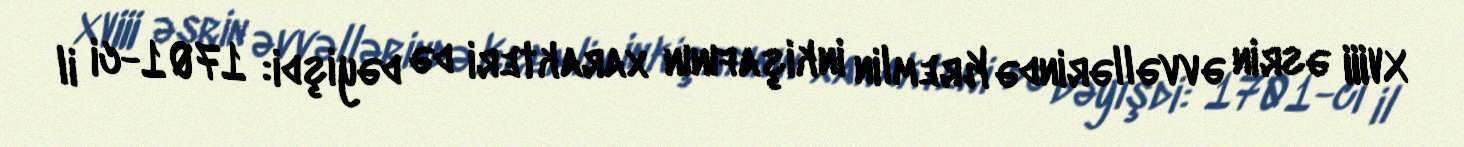
XVIII əsrin əvvəllərində Kremlin inkişafının xarakteri də dəyişdi: 1701-ci il